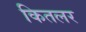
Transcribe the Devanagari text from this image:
कितलर